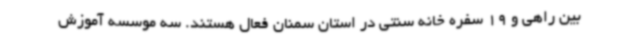
بین راهی و 19 سفره خانه سنتی در استان سمنان فعال هستند. سه موسسه آموزش